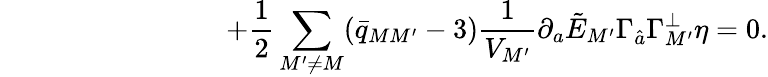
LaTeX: \qquad\qquad\qquad\qquad+{\frac{1}{2}}\sum_{M^{\prime}\neq M}(\bar{q}_{MM^{\prime}}-3){\frac{1}{V_{M^{\prime}}}}\partial_{a}\tilde{E}_{M^{\prime}}\Gamma_{\hat{a}}\Gamma_{M^{\prime}}^{\perp}\eta=0.